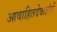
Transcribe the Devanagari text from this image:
आवाहितदेवतांचें